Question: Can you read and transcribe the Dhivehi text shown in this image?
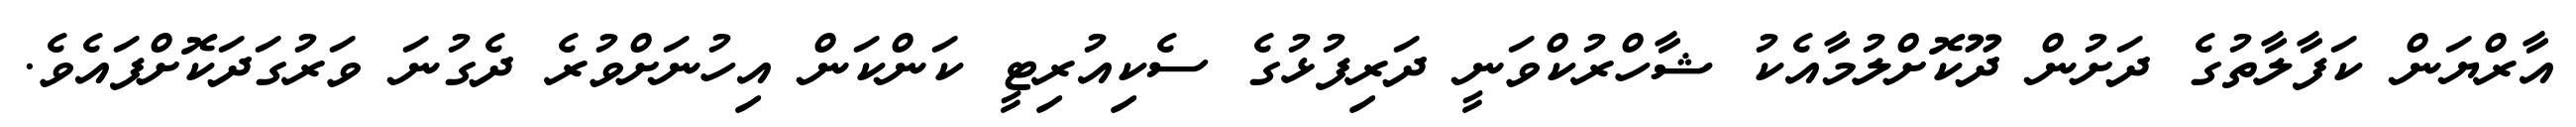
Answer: އާރްޔަން ކަފާލާތުގެ ދަށުން ދޫކޮށްލުމާއެކު ޝާހްރުކްވަނީ ދަރިފުޅުގެ ސެކިއުރިޓީ ކަންކަން އިހުނަށްވުރެ ދެގުނަ ވަރުގަދަކޮށްފައެވެ.